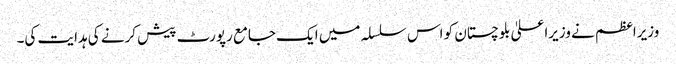
وزیراعظم نے وزیراعلیٰ بلوچستان کو اس سلسلہ میں ایک جامع رپورٹ پیش کرنے کی ہدایت کی۔